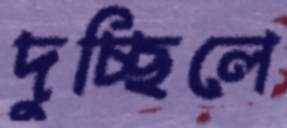
দুচ্ছিলে